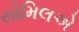
સોમિલએ